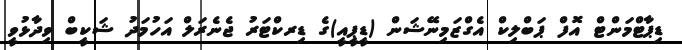
ޑިޕާޓްމަންޓް އޮފް ޕަބްލިކް އެގްޒަމިނޭޝަން (ޑީޕީއީ)ގެ ޑިރކްޓަރު ޖެނެރަލް އަހުމަދު ޝަކީބް ވިދާޅުވީ